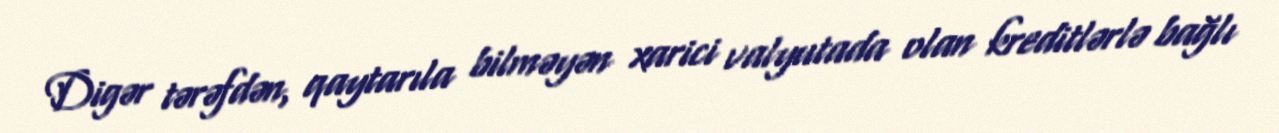
Digər tərəfdən, qaytarıla bilməyən xarici valyutada olan kreditlərlə bağlı